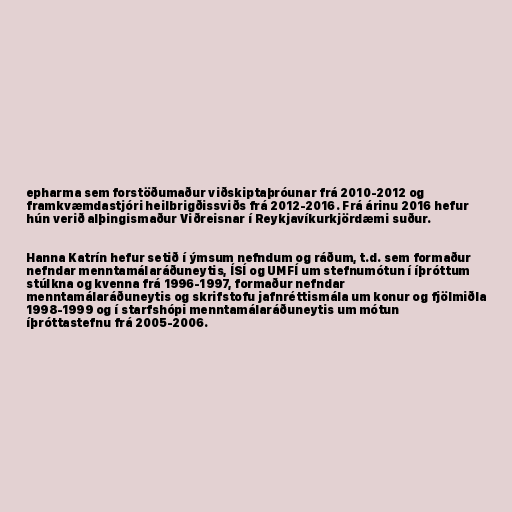
epharma sem forstöðumaður viðskiptaþróunar frá 2010-2012 og
framkvæmdastjóri heilbrigðissviðs frá 2012-2016. Frá árinu 2016 hefur
hún verið alþingismaður Viðreisnar í Reykjavíkurkjördæmi suður.

Hanna Katrín hefur setið í ýmsum nefndum og ráðum, t.d. sem formaður
nefndar menntamálaráðuneytis, ÍSÍ og UMFÍ um stefnumótun í íþróttum
stúlkna og kvenna frá 1996-1997, formaður nefndar
menntamálaráðuneytis og skrifstofu jafnréttismála um konur og fjölmiðla
1998-1999 og í starfshópi menntamálaráðuneytis um mótun
íþróttastefnu frá 2005-2006.